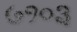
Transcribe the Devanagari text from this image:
७१०३